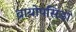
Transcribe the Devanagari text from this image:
ब्रायोपसिडा